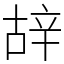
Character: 𨐒